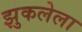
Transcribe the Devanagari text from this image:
झुकलेला